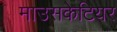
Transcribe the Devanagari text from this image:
माउसकेटियर